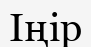
Іңір